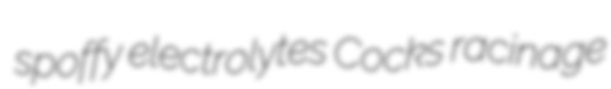
spoffy electrolytes Cocks racinage